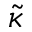
\tilde { \kappa }